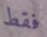
فقط